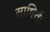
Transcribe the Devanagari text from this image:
साधिती